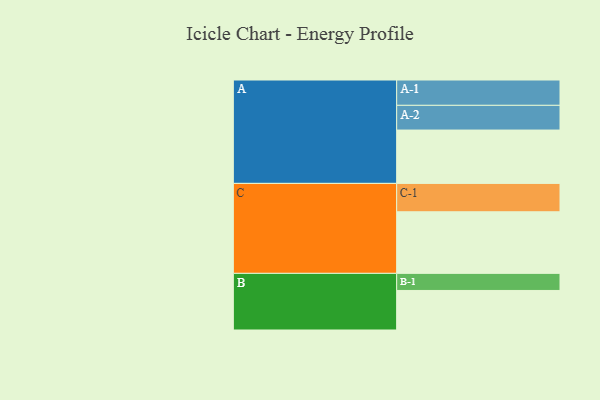
{"axis": {"x": "Segment", "y": "Value"}, "legend": ["", "A", "B", "C"], "data": [{"x": "A", "y": 421, "type": ""}, {"x": "B", "y": 312, "type": ""}, {"x": "C", "y": 486, "type": ""}, {"x": "A-1", "y": 200, "type": "A"}, {"x": "A-2", "y": 195, "type": "A"}, {"x": "B-1", "y": 135, "type": "B"}, {"x": "C-1", "y": 224, "type": "C"}]}